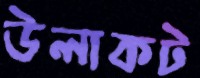
উলাকট